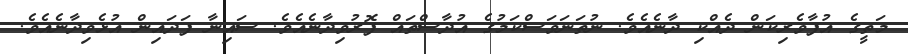
މަތީގެ އުފާވެރިކަން ދެއްކި ދާނެއެވެ. ނުތަނަވަސްކަމުގެ އުދާސްތައް ފޮރުވިދާނެއެވެ. ސައިނާ ފަދައިން އުޅެވިދާނެއެވެ.